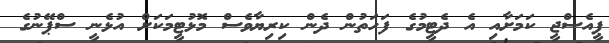
ޕީއެސްޖީ ކަމަށާއި އެ ދެޓީމުގެ ފަހަތުން ދެން ކިރިޔާވެސް މޮޅުޓީމަކަށް އުޅެނީ ސްޕޭނުގެ